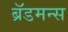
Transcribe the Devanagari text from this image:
ब्रॅडमन्स